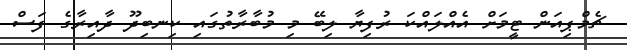
ޗެމްޕިއަން ޓީމަށް އެއްލައްކަ ރުފިޔާ ލިބޭ މި މުބާރާތުގައި ކިނބިދޫ ދާއިރާގެ ފަސް